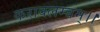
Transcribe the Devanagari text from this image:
करावलम्बम्।।